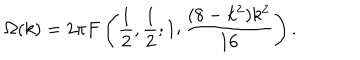
\Omega ( k ) = 2 \pi F \left( \frac { 1 } { 2 } , \frac { 1 } { 2 } ; 1 ; \frac { ( 8 - k ^ { 2 } ) k ^ { 2 } } { 1 6 } \right) .